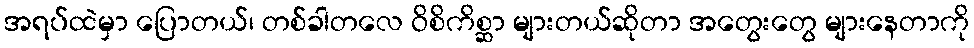
အရပ်ထဲမှာ ပြောတယ်၊ တစ်ခါတလေ ဝိစိကိစ္ဆာ များတယ်ဆိုတာ အတွေးတွေ များနေတာကို